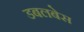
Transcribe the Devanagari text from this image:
डबलबेस